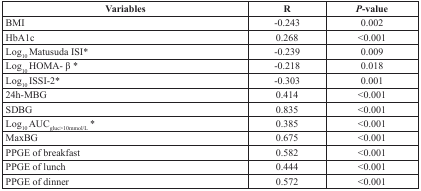
<table><thead><tr><td><b>Variables</b></td><td><b>R</b></td><td><b><i>P</i>-value</b></td></tr></thead><tbody><tr><td>BMI</td><td>−0.243</td><td>0.002</td></tr><tr><td>HbA1c</td><td>0.268</td><td>&lt;0.001</td></tr><tr><td>Log10 Matusuda ISI*</td><td>−0.239</td><td>0.009</td></tr><tr><td>Log10 HOMA- β *</td><td>−0.218</td><td>0.018</td></tr><tr><td>Log10 ISSI-2*</td><td>−0.303</td><td>0.001</td></tr><tr><td>24h-MBG</td><td>0.414</td><td>&lt;0.001</td></tr><tr><td>SDBG</td><td>0.835</td><td>&lt;0.001</td></tr><tr><td>Log10 AUC<sub>gluc&gt;10mmol/L</sub> *</td><td>0.385</td><td>&lt;0.001</td></tr><tr><td>MaxBG</td><td>0.675</td><td>&lt;0.001</td></tr><tr><td>PPGE of breakfast</td><td>0.582</td><td>&lt;0.001</td></tr><tr><td>PPGE of lunch</td><td>0.444</td><td>&lt;0.001</td></tr><tr><td>PPGE of dinner</td><td>0.572</td><td>&lt;0.001</td></tr></tbody></table>